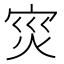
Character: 𭴠